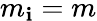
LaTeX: m_{\mathbf{i}}=m